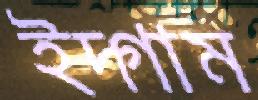
ইদ্গাম